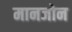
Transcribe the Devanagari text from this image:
मानजोन